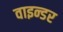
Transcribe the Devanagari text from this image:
वाइन्डर